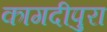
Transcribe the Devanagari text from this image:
कागदीपुरा